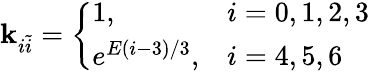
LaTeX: \mathbf{k}_{i\tilde{{i}}}=\left\{ \begin{array}{ll}{1,}&{i=0,1,2,3}\\ {e^{E(i-3)/3},}&{i=4,5,6}\end{array}\right.